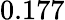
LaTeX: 0.177